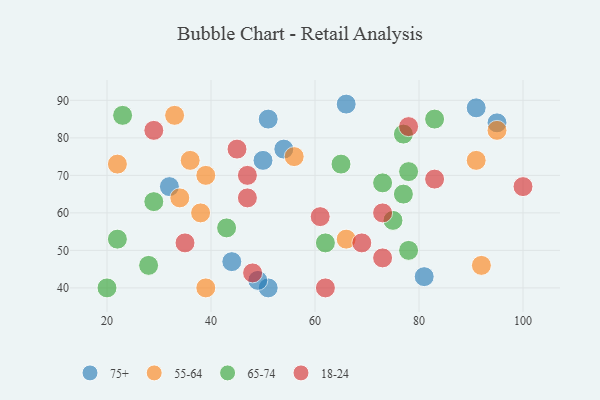
{"axis": {"x": "GDP", "y": "Life Expectancy"}, "legend": ["18-24", "55-64", "65-74", "75+"], "data": [{"x": "95", "y": 84, "type": "75+"}, {"x": "51", "y": 40, "type": "75+"}, {"x": "44", "y": 47, "type": "75+"}, {"x": "51", "y": 85, "type": "75+"}, {"x": "66", "y": 89, "type": "75+"}, {"x": "49", "y": 42, "type": "75+"}, {"x": "81", "y": 43, "type": "75+"}, {"x": "50", "y": 74, "type": "75+"}, {"x": "91", "y": 88, "type": "75+"}, {"x": "54", "y": 77, "type": "75+"}, {"x": "32", "y": 67, "type": "75+"}, {"x": "92", "y": 46, "type": "55-64"}, {"x": "36", "y": 74, "type": "55-64"}, {"x": "66", "y": 53, "type": "55-64"}, {"x": "38", "y": 60, "type": "55-64"}, {"x": "91", "y": 74, "type": "55-64"}, {"x": "56", "y": 75, "type": "55-64"}, {"x": "22", "y": 73, "type": "55-64"}, {"x": "39", "y": 40, "type": "55-64"}, {"x": "34", "y": 64, "type": "55-64"}, {"x": "95", "y": 82, "type": "55-64"}, {"x": "33", "y": 86, "type": "55-64"}, {"x": "39", "y": 70, "type": "55-64"}, {"x": "29", "y": 63, "type": "65-74"}, {"x": "78", "y": 50, "type": "65-74"}, {"x": "73", "y": 68, "type": "65-74"}, {"x": "78", "y": 71, "type": "65-74"}, {"x": "83", "y": 85, "type": "65-74"}, {"x": "75", "y": 58, "type": "65-74"}, {"x": "77", "y": 81, "type": "65-74"}, {"x": "77", "y": 65, "type": "65-74"}, {"x": "65", "y": 73, "type": "65-74"}, {"x": "20", "y": 40, "type": "65-74"}, {"x": "62", "y": 52, "type": "65-74"}, {"x": "43", "y": 56, "type": "65-74"}, {"x": "28", "y": 46, "type": "65-74"}, {"x": "23", "y": 86, "type": "65-74"}, {"x": "22", "y": 53, "type": "65-74"}, {"x": "69", "y": 52, "type": "18-24"}, {"x": "29", "y": 82, "type": "18-24"}, {"x": "48", "y": 44, "type": "18-24"}, {"x": "35", "y": 52, "type": "18-24"}, {"x": "83", "y": 69, "type": "18-24"}, {"x": "47", "y": 64, "type": "18-24"}, {"x": "62", "y": 40, "type": "18-24"}, {"x": "45", "y": 77, "type": "18-24"}, {"x": "73", "y": 60, "type": "18-24"}, {"x": "61", "y": 59, "type": "18-24"}, {"x": "78", "y": 83, "type": "18-24"}, {"x": "47", "y": 70, "type": "18-24"}, {"x": "73", "y": 48, "type": "18-24"}, {"x": "100", "y": 67, "type": "18-24"}]}